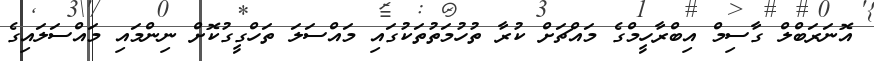
އޮނަރަބްލް ގާސިމް އިބްރާހީމްގެ މައްޗަށް ކުރާ ތުހުމަތުތަކުގައި މައްސަލަ ތަހްގީގުކޮށް ނިންމައި މައްސަލައިގެ